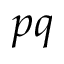
p q